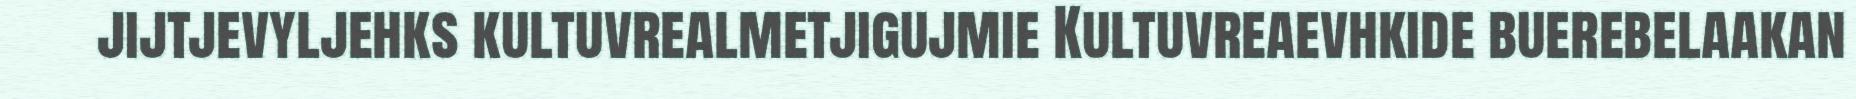
jijtjevyljehks kultuvrealmetjigujmie Kultuvreaevhkide buerebelaakan